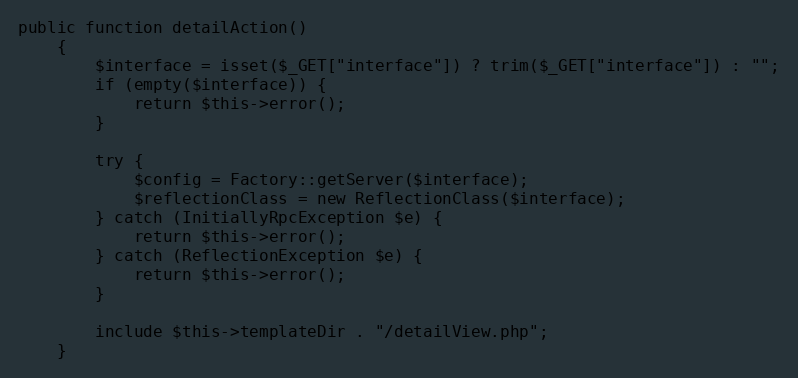
Language: PHP
public function detailAction()
    {
        $interface = isset($_GET["interface"]) ? trim($_GET["interface"]) : "";
        if (empty($interface)) {
            return $this->error();
        }

        try {
            $config = Factory::getServer($interface);
            $reflectionClass = new ReflectionClass($interface);
        } catch (InitiallyRpcException $e) {
            return $this->error();
        } catch (ReflectionException $e) {
            return $this->error();
        }

        include $this->templateDir . "/detailView.php";
    }